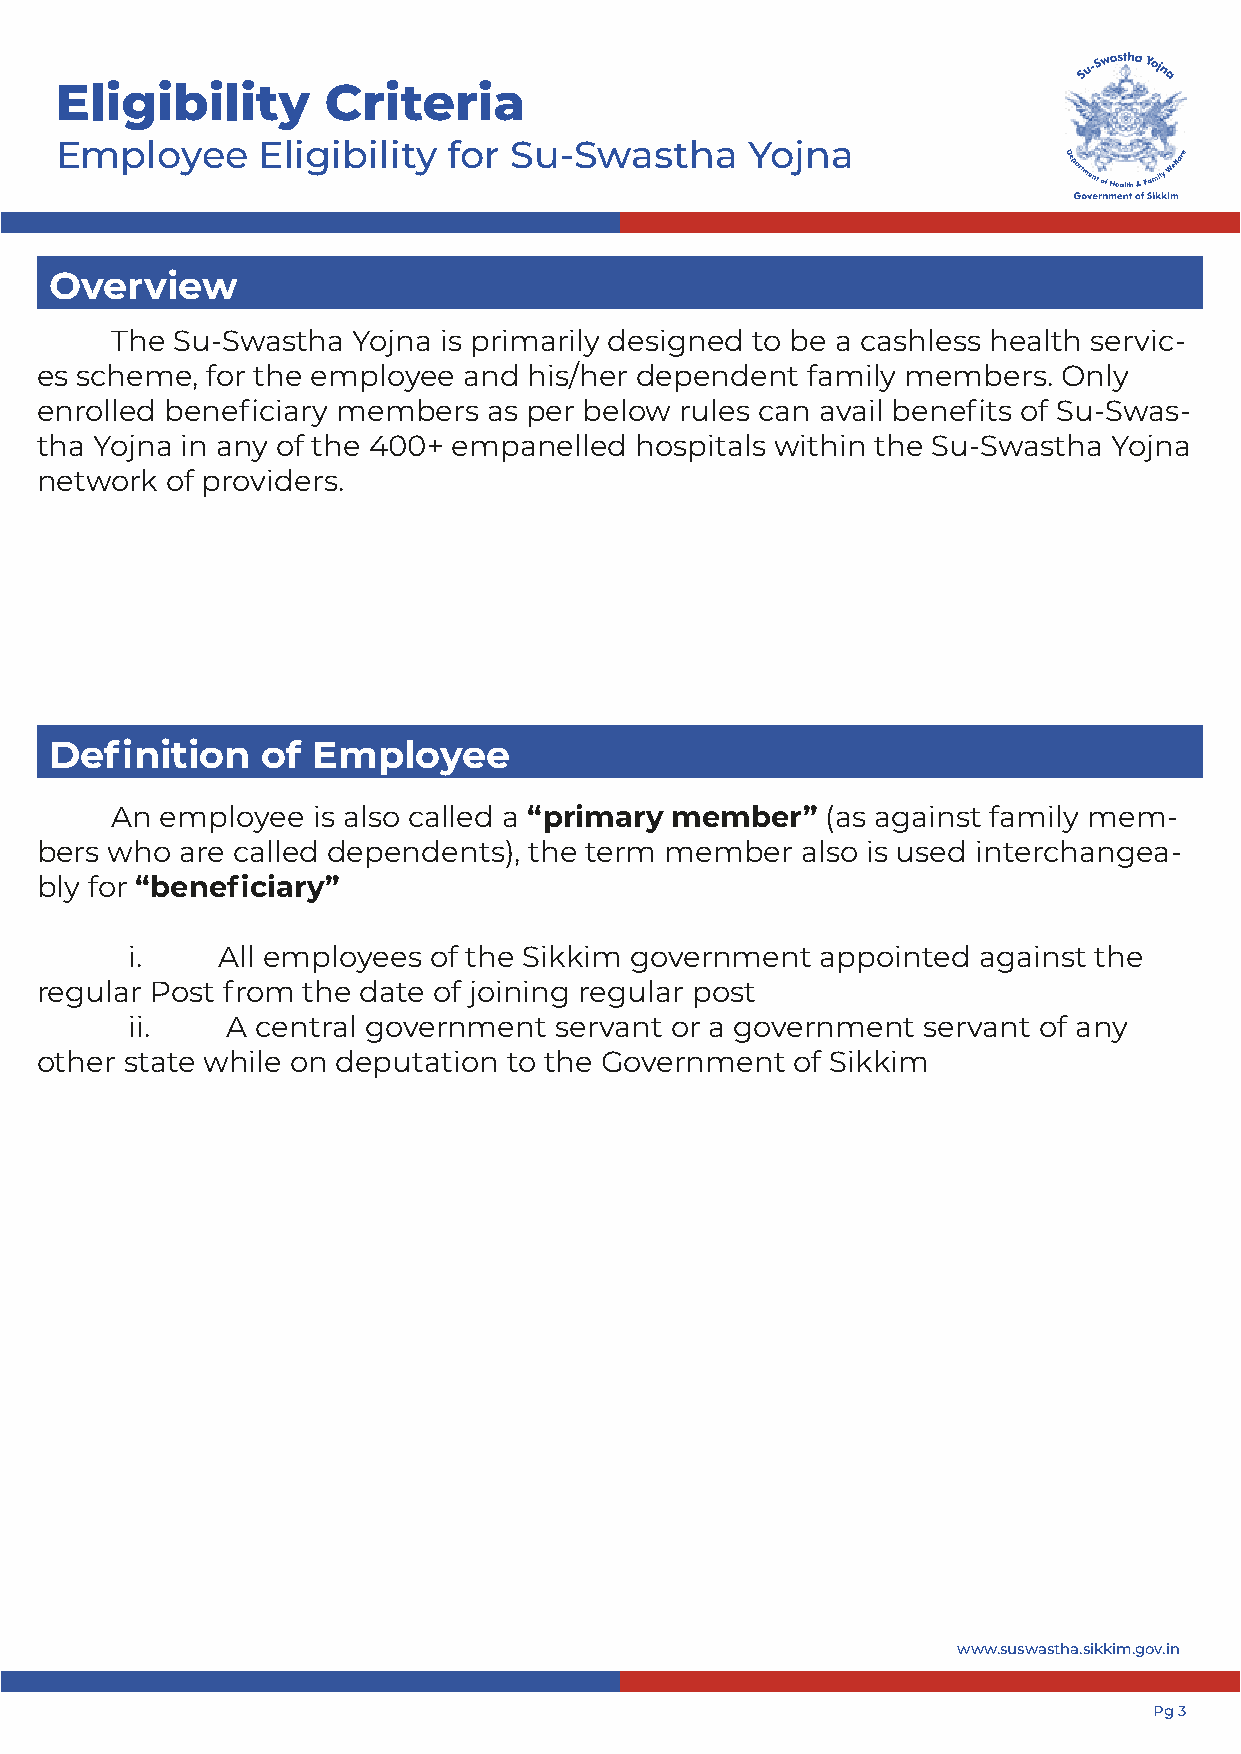
Eligibility      Criteria
 Employee     Eligibility  for Su-Swastha     Yojna
 Overview
 The  Su-Swastha Yojna is primarily designed to be a cashless health servic-
 es scheme,  for the employee and his/her dependent family members.  Only
 enrolled beneficiary members  as per below rules can avail benefits of Su-Swas-
 tha Yojna in any of the 400+ empanelled hospitals within the Su-Swastha Yojna
 network  of providers.
 Definition    of  Employee
 An  employee  is also called a “primary member” (as against family mem-
 bers who  are called dependents), the term member  also is used interchangea-
 bly for “beneficiary”
 i.    All employees of the Sikkim government appointed  against the
 regular Post from the date of joining regular post
 ii.   A central government  servant or a government servant of any
 other state while on deputation to the Government  of Sikkim
 www.suswastha.sikkim.gov.in
 Pg 3